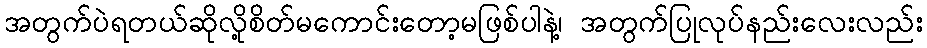
အတွက်ပဲရတယ်ဆိုလို့စိတ်မကောင်းတော့မဖြစ်ပါနဲ့၊ အတွက်ပြုလုပ်နည်းလေးလည်း